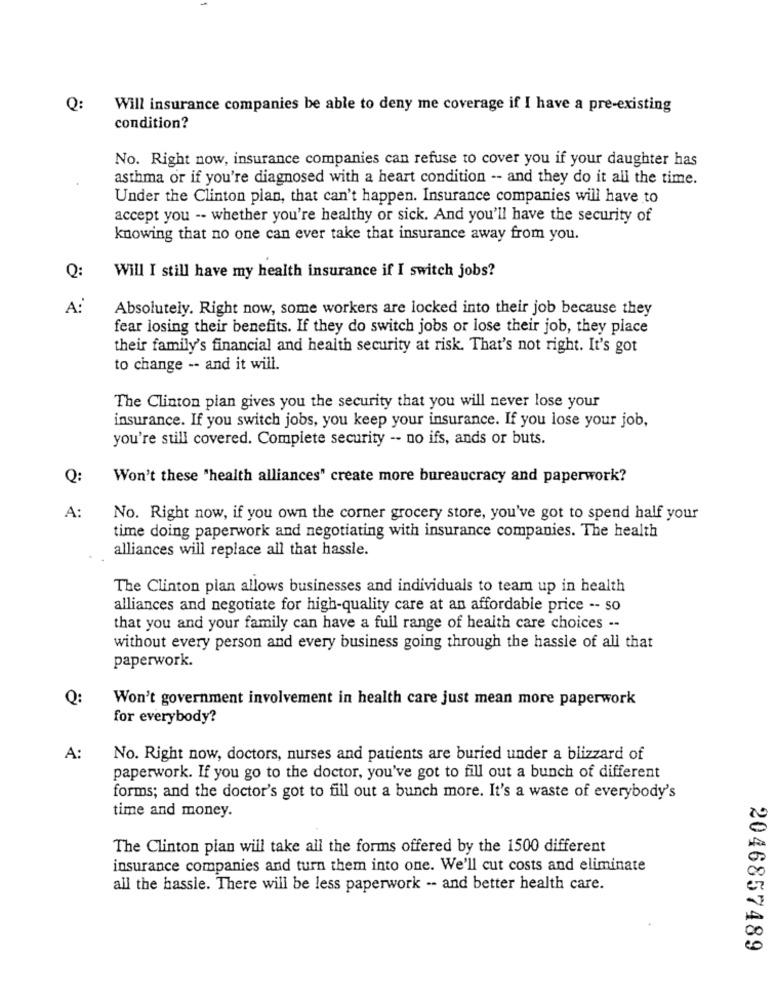
Q:
Will insurance companies be able to deny me coverage if I have a pre-existing
condition?
No. Right now, insurance companies can refuse to cover you if your daughter has
asthma or if you're diagnosed with a heart condition -- and they do it all the time.
Under the Clinton plan, that can't happen. Insurance companies will have to
accept you -- whether you're healthy or sick. And you'll have the security of
knowing that no one can ever take that insurance away from you.
Q:
Will I still have my health insurance if I switch jobs?
A:
Absolutely. Right now, some workers are locked into their job because they
fear losing their benefits. If they do switch jobs or lose their job, they place
their family's financial and health security at risk. That's not right. It's got
to change -- and it will.
The Clinton plan gives you the security that you will never lose your
insurance. If you switch jobs, you keep your insurance. If you lose your job,
you're still covered. Complete security -- no ifs, ands or buts.
Q:
Won't these "health alliances" create more bureaucracy and paperwork?
A:
No. Right now, if you own the corner grocery store, you've got to spend half your
time doing paperwork and negotiating with insurance companies. The health
alliances will replace all that hassle.
The Clinton plan allows businesses and individuals to team up in health
alliances and negotiate for high-quality care at an affordable price -- so
that you and your family can have a full range of health care choices --
without every person and every business going through the hassle of all that
paperwork.
Q:
Won't government involvement in health care just mean more paperwork
for everybody?
A:
No. Right now, doctors, nurses and patients are buried under a blizzard of
paperwork. If you go to the doctor, you've got to fill out a bunch of different
forms; and the doctor's got to fill out a bunch more. It's a waste of everybody's
time and money.
The Clinton plan will take all the forms offered by the 1500 different
insurance companies and turn them into one. We'll cut costs and eliminate
all the hassle. There will be less paperwork -- and better health care.
2046857489